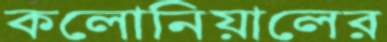
কলোনিয়ালের